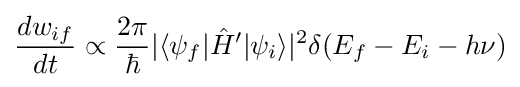
{\frac {dw_{if}}{dt}}\propto {\frac {2\pi }{\hbar }}|\langle \psi _{f}|{\hat {H}}'|\psi _{i}\rangle |^{2}\delta (E_{f}-E_{i}-h\nu )